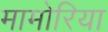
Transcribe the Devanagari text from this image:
मामोरिया